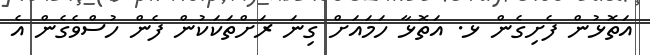
އަތޮޅުން ފެށިގެން ޅ. އަތޮޅާ ހަމައަށް ގިނަ ރަށްތަކަކުން ފެން ހުސްވެގެން އެ